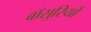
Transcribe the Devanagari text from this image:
बाँसुरियों